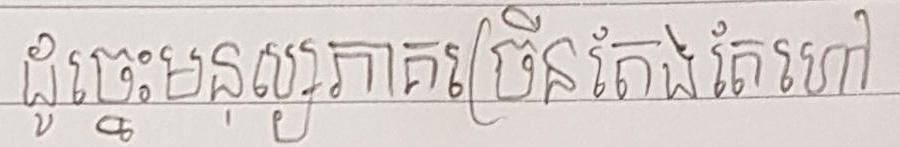
ដូច្នេះមនុស្សភាគច្រើនតែងតែហៅ